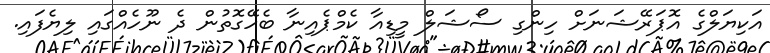
އަކިޔަލްގެ އޮޕަރޭޝަނަށް ހިންގި ސޯޝަލް މީޑިއާ ކެމްޕެއިނާ ބެހޭގޮތުން ދެ ނޫހެއްގައި ލިޔެފައި.